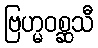
ဗြဟ္မဝစ္ဆသီ